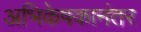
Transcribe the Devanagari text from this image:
अभिकेषकानंतर